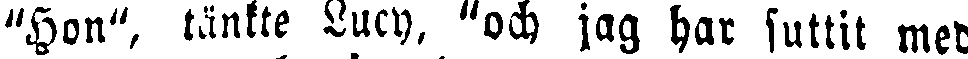
"Hon", tänkte Lucy. "och jag har suttit med